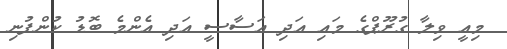
މިއީ ވިލާ ގުރޫޕްގެ މައި އަދި އަސާސީ އަދި އެންމެ ބޮޑު ކުންފުނި